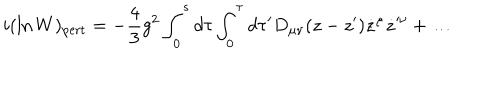
i ( \ln W ) _ { \mathrm { p e r t } } = - { \frac { 4 } { 3 } } g ^ { 2 } \int _ { 0 } ^ { s } d \tau \int _ { 0 } ^ { \tau } d \tau ^ { \prime } D _ { \mu \nu } ( z - z ^ { \prime } ) \dot { z } ^ { \mu } \dot { z } ^ { \prime \nu } + \dots